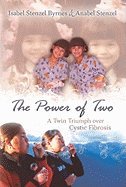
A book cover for Power of Two A Twin Triumph over Cystic Fibrosis [HC,2007]; Health, Fitness & Dieting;